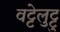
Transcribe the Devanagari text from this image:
वट्टेलुट्टु